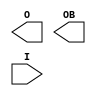
module OBUFDS (
    output wire O,OB,
    input wire I);

    parameter CAPACITANCE = "DONT_CARE";
    parameter IOSTANDARD = "DEFAULT";
    parameter SLEW = "SLOW";
    
`ifdef XIL_TIMING

    parameter LOC = " UNPLACED";

`endif

    
    //tri0 GTS = glbl.GTS;

    initial begin

        case (CAPACITANCE)

            "LOW", "NORMAL", "DONT_CARE" : ;
            default : begin
                          $display("Attribute Syntax Error : The attribute CAPACITANCE on OBUFDS instance %m is set to %s.  Legal values for this attribute are DONT_CARE, LOW or NORMAL.", CAPACITANCE);
                          #1 $finish;
                      end

        endcase

    end

  //  bufif0 (O, I, GTS);
  //  notif0 (OB, I, GTS);

`ifdef XIL_TIMING

    specify
	(I => O) = (0:0:0, 0:0:0);
	(I => OB) = (0:0:0, 0:0:0);
	specparam PATHPULSE$ = 0;
    endspecify

`endif

endmodule